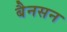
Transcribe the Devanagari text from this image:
बैनसन